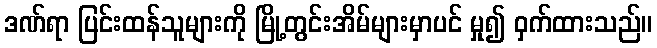
ဒဏ်ရာ ပြင်းထန်သူများကို မြို့တွင်းအိမ်များမှာပင် မှု၍ ဝှက်ထားသည်။